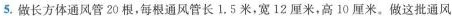
5.做长方体通风管20根，每根通风管长1.5米，宽12厘米，高10厘米。做这批通风